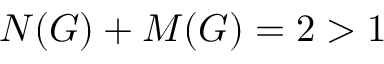
N ( G ) + M ( G ) = 2 > 1